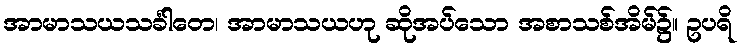
အာမာသယသင်္ခါတေ၊ အာမာသယဟု ဆိုအပ်သော အစာသစ်အိမ်၌။ ဥပရိ